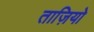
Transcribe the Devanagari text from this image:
ताज़ियो